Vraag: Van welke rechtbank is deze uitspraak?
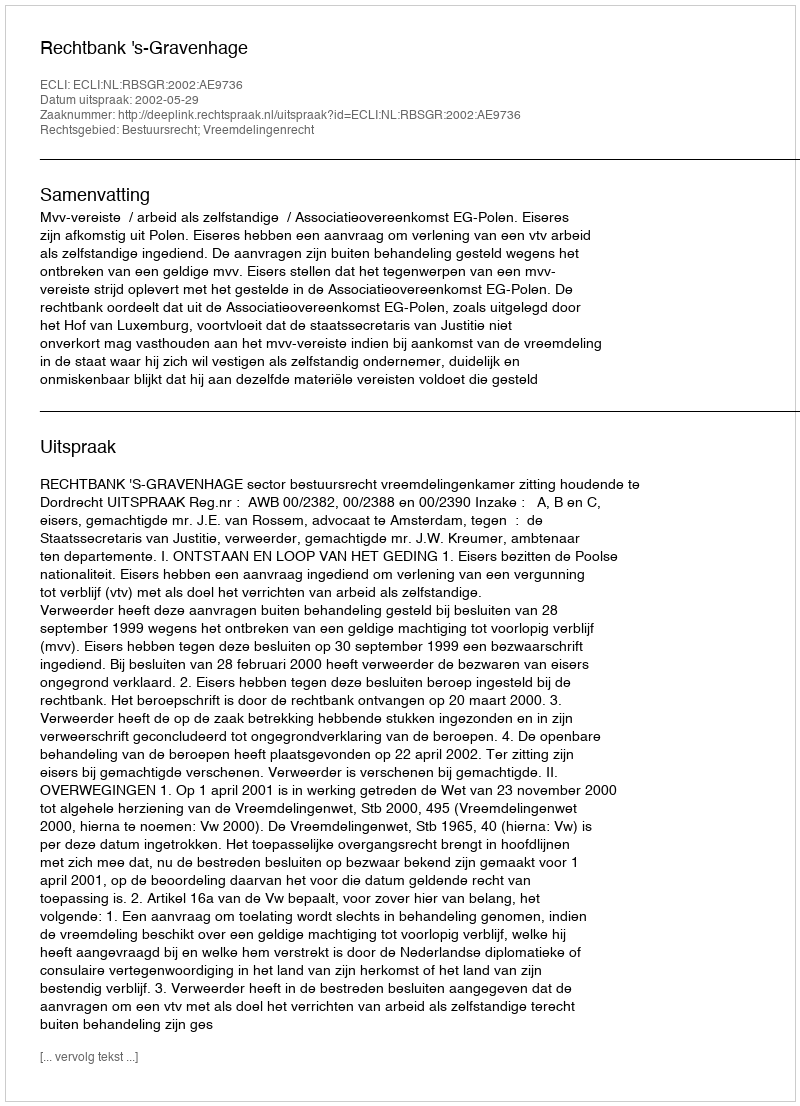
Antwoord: Rechtbank 's-Gravenhage